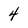
Character: 4